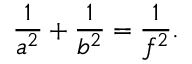
{ \frac { 1 } { a ^ { 2 } } } + { \frac { 1 } { b ^ { 2 } } } = { \frac { 1 } { f ^ { 2 } } } .